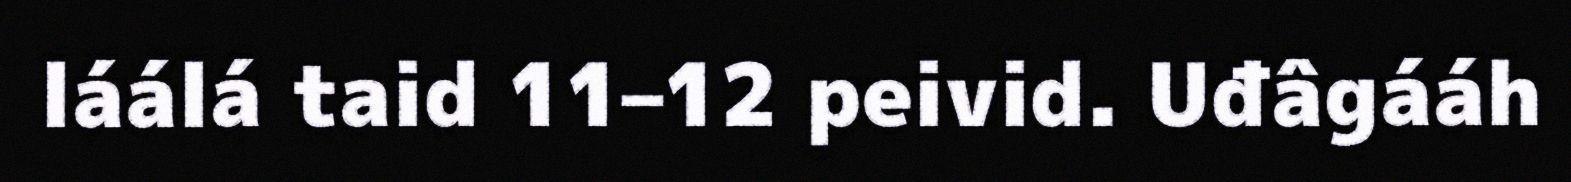
láálá taid 11–12 peivid. Uđâgááh